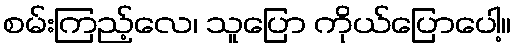
စမ်းကြည့်လေ၊ သူပြော ကိုယ်ပြောပေါ့။